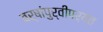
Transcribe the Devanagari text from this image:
वर्षांपुर्वीपर्यंत